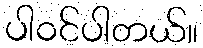
ပါဝင်ပါတယ်။